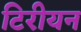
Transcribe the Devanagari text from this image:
टिरीयन